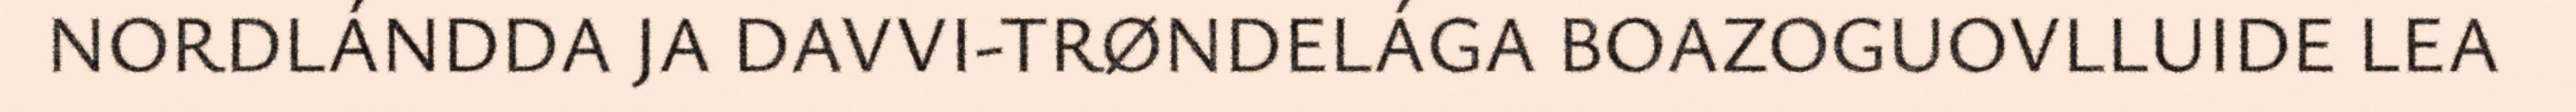
NORDLÁNDDA JA DAVVI-TRØNDELÁGA BOAZOGUOVLLUIDE LEA